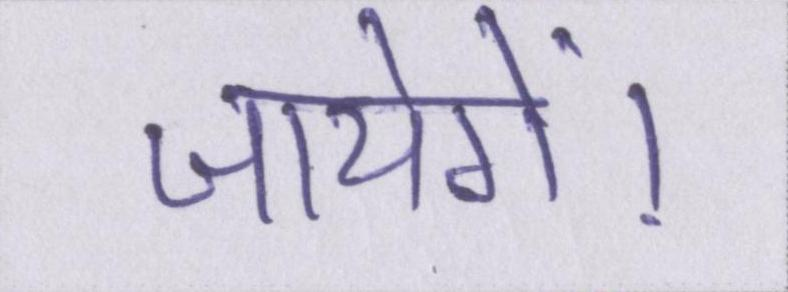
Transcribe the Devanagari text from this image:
जायेगें।